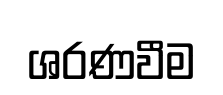
ශරණවීම